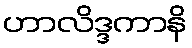
ဟာလိဒ္ဒကာနိ